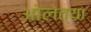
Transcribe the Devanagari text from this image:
ओलेत्या